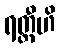
ရတ္တီဟိ